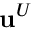
{ \bf u } ^ { U }